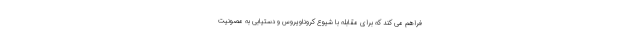
فراهم می کند که برای مقابله با شیوع کروناویروس و دستیابی به مصونیت